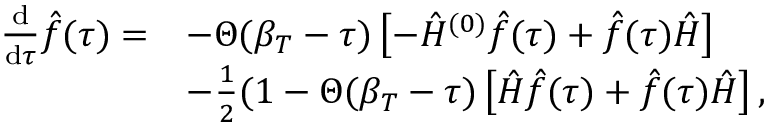
\begin{array} { r l } { \frac { \mathrm { d } } { \mathrm { d } \tau } \hat { f } ( \tau ) = } & { - \Theta ( \beta _ { T } - \tau ) \left[ - \hat { H } ^ { ( 0 ) } \hat { f } ( \tau ) + \hat { f } ( \tau ) \hat { H } \right] } \\ & { - \frac { 1 } { 2 } ( 1 - \Theta ( \beta _ { T } - \tau ) \left[ \hat { H } \hat { f } ( \tau ) + \hat { f } ( \tau ) \hat { H } \right] , } \end{array}